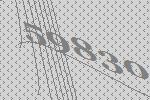
59830